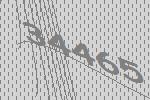
34465